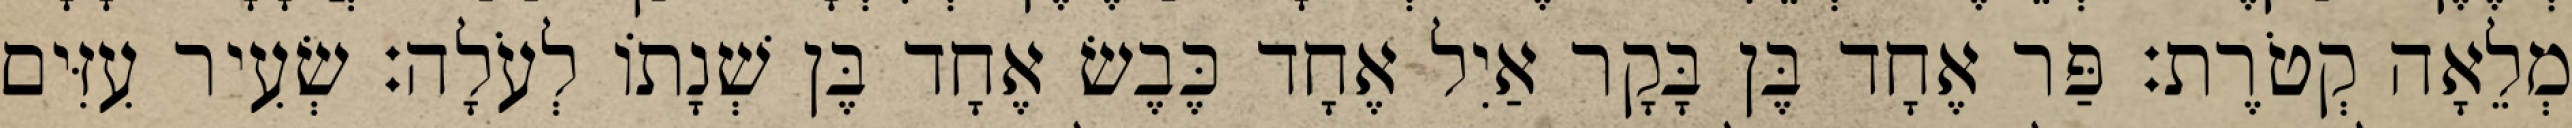
מְלֵאָה קְטֹרֶת׃ פַּר אֶחָד בֶּן בָּקָר אַיִל אֶחָד כֶּבֶשׂ אֶחָד בֶּן שְׁנָתוֹ לְעֹלָה׃ שְׂעִיר עִזִּים